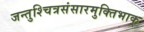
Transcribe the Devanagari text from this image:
जन्तुश्चित्रसंसारमुक्तिभाक्